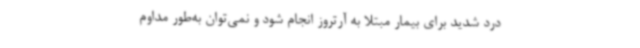
درد شدید برای بیمار مبتلا به آرتروز انجام شود و نمی‌توان به‌طور مداوم